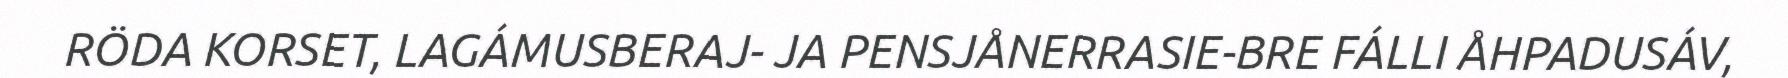
RÖDA KORSET, LAGÁMUSBERAJ- JA PENSJÅNERRASIE-BRE FÁLLI ÅHPADUSÁV,